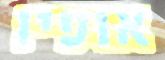
אופיו